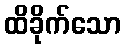
ထိခိုက်သော